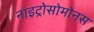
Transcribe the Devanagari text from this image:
नाइट्रोसोमोनस